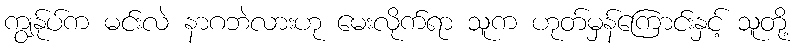
ကျွန်ုပ်က မင်းလဲ နာဂဘဲလားဟု မေးလိုက်ရာ သူက ဟုတ်မှန်ကြောင်းနှင့် သူတို့